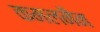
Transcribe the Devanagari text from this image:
कमलनैन